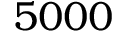
5 0 0 0